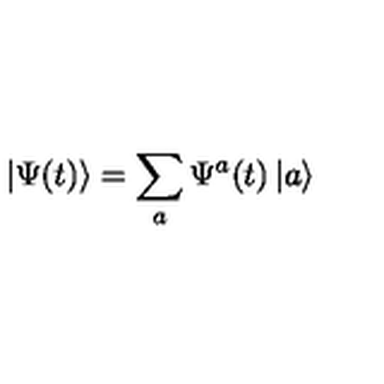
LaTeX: \left| \Psi ( t ) \right\rangle = \sum _ { a } \Psi ^ { a } ( t ) \left| a \right\rangle